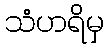
သံဟရိမှ